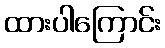
ထားပါကြောင်း